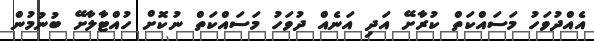
އެއްދުވަހު މަސައްކަތް ކުރާށޭ އަދި އަނެއް ދުވަހު މަސައްކަތް ނުކޮށް ހުއްޓާލާށޭ ބުނުމުން